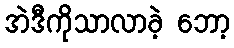
အဲဒီကိုသာလာခဲ့ ဘော့